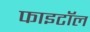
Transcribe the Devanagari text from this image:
फाइटॉल